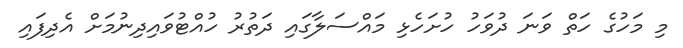
މި މަހުގެ ހަތް ވަނަ ދުވަހު ހުށަހެޅި މައްސަލާގައި ދަތުރު ހުއްޓުވައިދިނުމަށް އެދިފައި